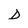
Character: D